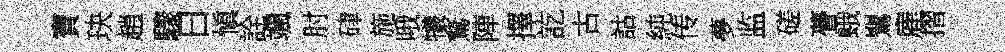
寶玦趙驟日愼詮颯肘硉施哦犧鶩陣擇訖古詁純传夢监磋瞢蛾鸎雇摺